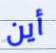
أين